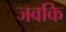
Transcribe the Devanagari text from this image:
जवकि